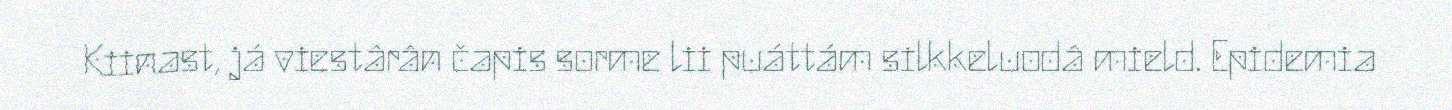
Kiinast, já viestârân čapis sorme lii puáttám silkkeluodâ mield. Epidemia